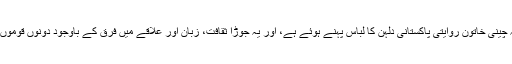
فوٹیج میں دیکھا جا سکتا ہے کہ چینی خاتون روایتی پاکستانی دلہن کا لباس پہنے ہوئے ہے، اور یہ جوڑا ثقافت، زبان اور علاقے میں فرق کے باوجود دونوں قوموں کی محبت کو ظاہر کر رہا ہے۔